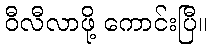
ဝီလီလာဖို့ ကောင်းပြီ။